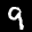
Label: 9